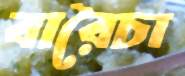
বারৈচা